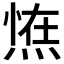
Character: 𭵛